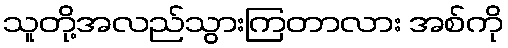
သူတို့အလည်သွားကြတာလား အစ်ကို